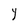
Character: Y